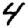
Digit: 4